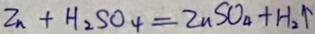
Z n + H _ { 2 } S O _ { 4 } = Z n S O _ { 4 } + H _ { 2 } \uparrow